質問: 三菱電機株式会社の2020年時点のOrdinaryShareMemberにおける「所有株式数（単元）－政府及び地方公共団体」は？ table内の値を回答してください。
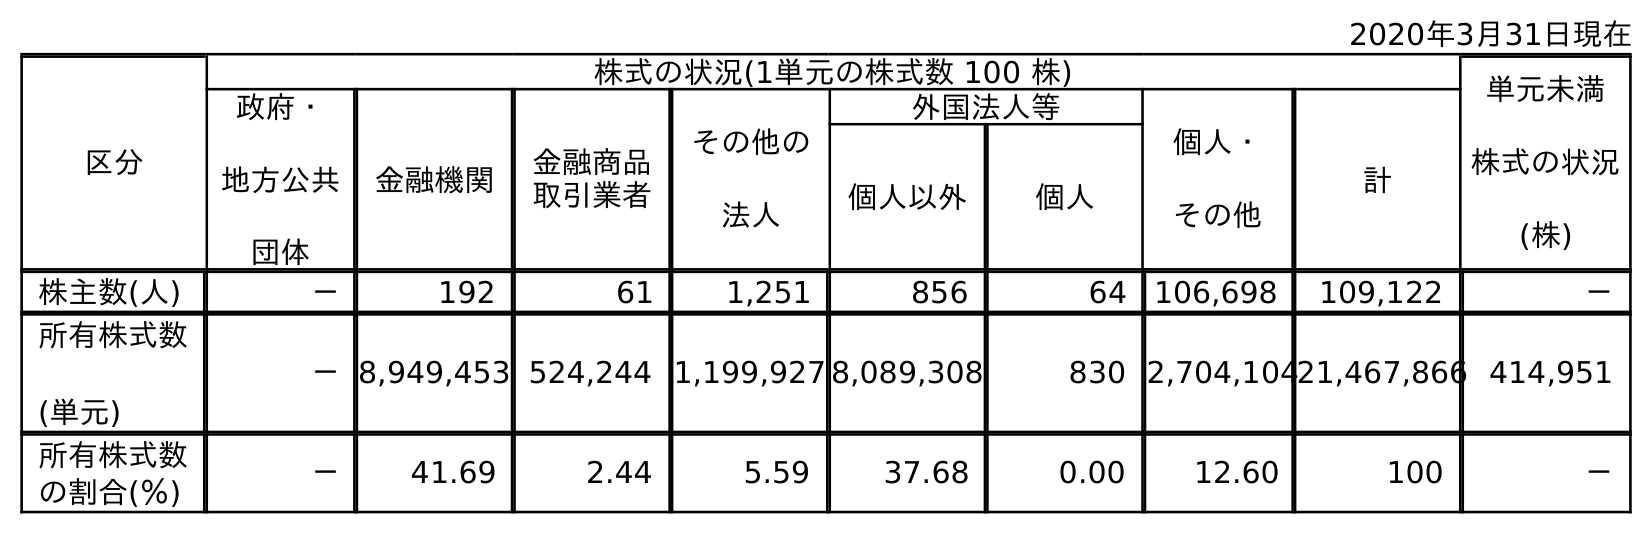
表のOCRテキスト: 2020年3月31日現在 区分 株式の状況(1単元の株式数 100 株) 単元未満 株式の状況 (株) 政府・ 地方公共 団体 金融機関 金融商品 取引業者 その他の 法人 外国法人等 個人・ その他 計 個人以外 個人 株主数(人) － 192 61 1,251 856 64 106,698 109,122 － 所有株式数 (単元) －8,949,453 524,244 1,199,927 8,089,308 830 2,704,10421,467,866 414,951 所有株式数 の割合(％) － 41.69 2.44 5.59 37.68 0.00 12.60 100 －
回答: －